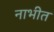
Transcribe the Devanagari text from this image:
नाभीत